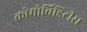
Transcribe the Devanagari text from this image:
कोमोर्बिडिटीस